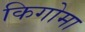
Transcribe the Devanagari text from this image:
किगोमा